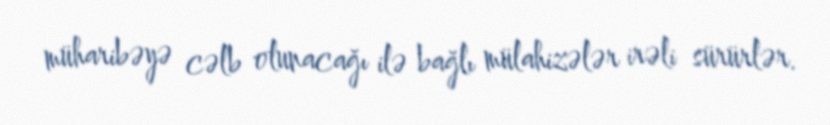
müharibəyə cəlb olunacağı ilə bağlı mülahizələr irəli sürürlər.